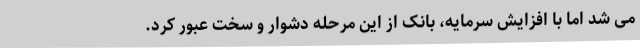
می شد اما با افزایش سرمایه، بانک از این مرحله دشوار و سخت عبور کرد.